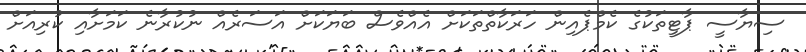
ސިޔާސީ ޕާޓީތަކުގެ ކެމްޕެއިން ހަރަކާތްތަކަށް އެއްވެސް ބަޔަކަށް އަސަރެއް ނުކުރާނެ ކަމަށާއި ކުރިއަށް